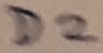
Text: D2